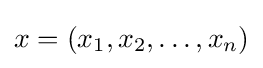
x=(x_{1},x_{2},\dots ,x_{n})